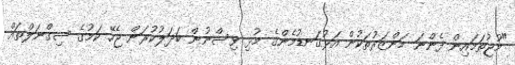
"މުޖުތަމައިން ފެންނަ މަންޒަރުތަކުން އަޅުގަނޑުމެންގެ މުޅި ވިސްނުން ބަދަލުކުރަން ޖެހޭ ކަމުގެ ސިގްނަލްތައް